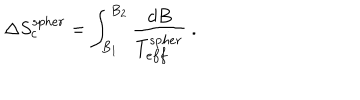
\Delta S _ { c } ^ { s p h e r } = \int _ { B _ { 1 } } ^ { B _ { 2 } } \frac { d B } { T _ { e f f } ^ { s p h e r } } \ .